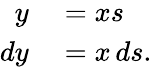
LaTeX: \begin{array}{rl}{y}&{{}=xs}\\ {dy}&{{}=x\, ds.}\end{array}